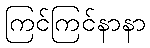
ကြင်ကြင်နာနာ